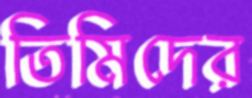
তিমিদের